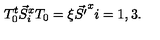
T _ { 0 } ^ { t } \vec { S } _ { i } ^ { x } T _ { 0 } = \xi \vec { S ^ { \prime } } ^ { x } i = 1 , 3 .